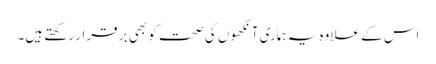
اس کے علاوہ یہ ہماری آنکھوں کی صحت کو بھی بر قرار رکھتے ہیں۔